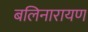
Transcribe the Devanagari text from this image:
बलिनारायण